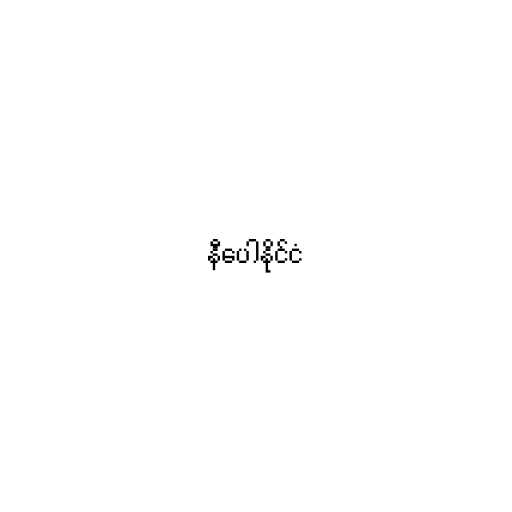
နီပေါနိုင်ငံ